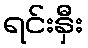
ရင်းနှီး